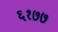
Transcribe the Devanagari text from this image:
६१७७